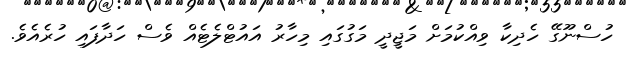
ހުސްނޫގޭ ހެދިކާ ވިއްކުމަށް މަޖީދީ މަގުގައި މިހާރު އައުޓްލެޓެއް ވެސް ހަދާފައި ހުރެއެވެ.